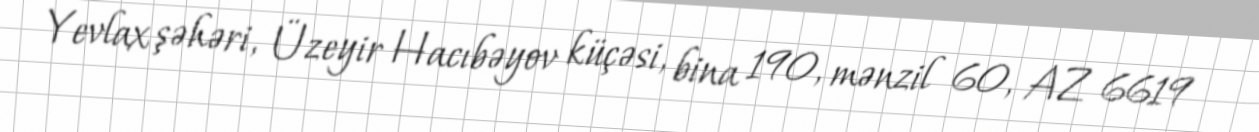
Yevlax şəhəri, Üzeyir Hacıbəyov küçəsi, bina 190, mənzil 60, AZ 6619